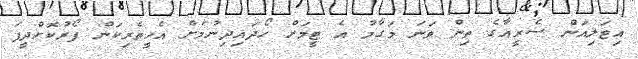
އިޓަލިއަން ސެރީއާގެ ތިން ވަނަ މަގާމު އެ ޓީމަށް ހޯދައިދިނުމަށް އެހީތެރިކަން ފޯރުކޮށްދީފަ